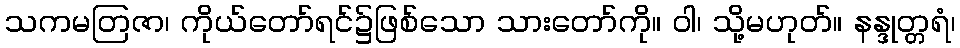
သကမတြဇာ၊ ကိုယ်တော်ရင်၌ဖြစ်သော သားတော်ကို။ ဝါ၊ သို့မဟုတ်။ နန္ဒုတ္တရံ၊